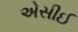
એસીઈ